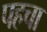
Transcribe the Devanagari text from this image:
पहचा